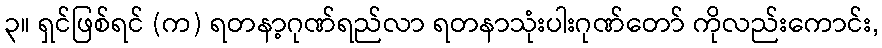
၃။ ရှင်ဖြစ်ရင် (က) ရတနာ့ဂုဏ်ရည်လာ ရတနာသုံးပါးဂုဏ်တော် ကိုလည်းကောင်း,